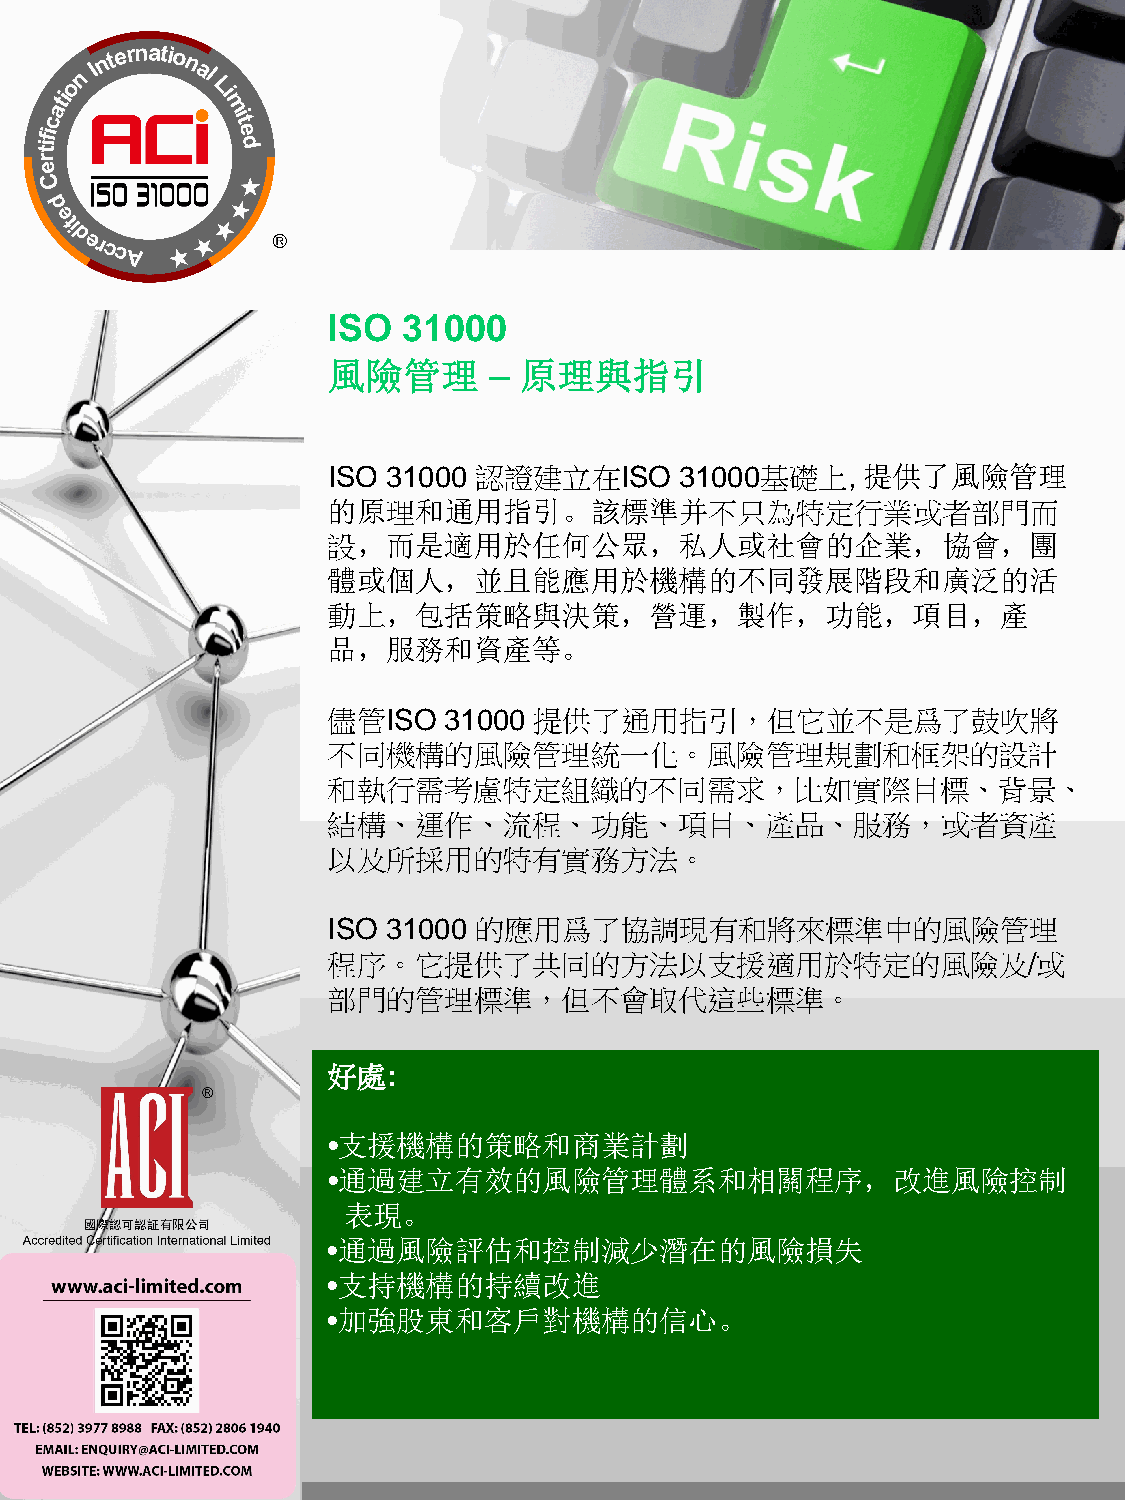
ISO  31000
 風險管理        原理與指引
 –
 ISO 31000 認證建立在ISO     31000基礎上,   提供了風險管理
 的原理和通用指引。該標準并不只為特定行業或者部門而
 設，而是適用於任何公眾，私人或社會的企業，協會，團
 體或個人，並且能應用於機構的不同發展階段和廣泛的活
 動上，包括策略與決策，營運，製作，功能，項目，產
 品，服務和資產等。
 儘管ISO  31000 提供了通用指引，但它並不是爲了鼓吹將
 不同機構的風險管理統一化。風險管理規劃和框架的設計
 和執行需考慮特定組織的不同需求，比如實際目標、背景、
 結構、運作、流程、功能、項目、產品、服務，或者資產
 以及所採用的特有實務方法。
 ISO 31000 的應用爲了協調現有和將來標準中的風險管理
 程序。它提供了共同的方法以支援適用於特定的風險及/或
 部門的管理標準，但不會取代這些標準。
 好處:
 •支援機構的策略和商業計劃
 •通過建立有效的風險管理體系和相關程序，改進風險控制
 表現。
 •通過風險評估和控制減少潛在的風險損失
 •支持機構的持續改進
 •加強股東和客戶對機構的信心。